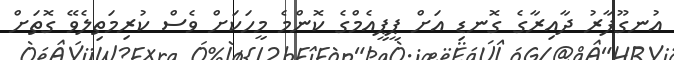
އުނގޫފާރު ދާއިރާގެ ގޮނޑި އަށް ޕީޕީއެމްގެ ކޮންމެ މީހަކަށް ވެސް ކުރިމަތިލެވޭ ގޮތަށް